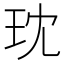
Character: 𪻔